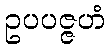
ဥပပဇ္ဇဟံ